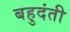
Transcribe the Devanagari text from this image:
बहुदंती